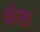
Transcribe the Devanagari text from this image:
क्षेष्ठ